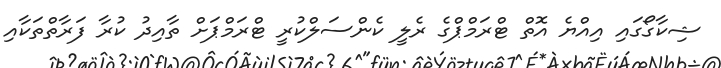
ޝިކާގޯގައި އިއްޔެ އޮތް ޓްރަމްޕްގެ ރެލީ ކެންސަލްކުރީ ޓްރަމްޕަށް ތާއިދު ކުރާ ފަރާތްތަކާއި